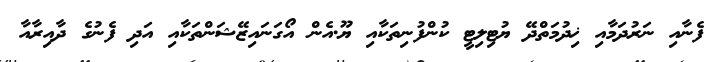
ފެނާއި ނަރުދަމާއި ޚިދުމަތްދޭ ޔުޓިލިޓީ ކުންފުނިތަކާއި ޔޫ.އެން އޯގަނައިޒޭޝަންތަކާއި އަދި ފެނުގެ ދާއިރާއާ